On a parasite found in persons suffering from enlargement of the spleen in India - Number 15
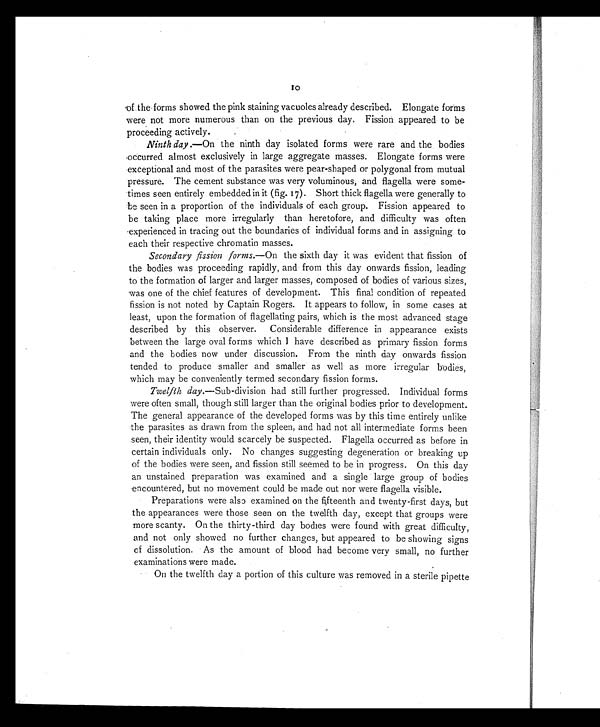
10
of the forms showed the pink staining vacuoles already described. Elongate forms
were not more numerous than on the previous day. Fission appeared to be
proceeding actively.
Ninth day .—On the ninth day isolated forms were rare and the bodies
occurred almost exclusively in large aggregate masses. Elongate forms were
exceptional and most of the parasites were pear-shaped or polygonal from mutual
pressure. The cement substance was very voluminous, and flagella were some-
times seen entirely embedded in it (fig. 17). Short thick flagella were generally to
be seen in a proportion of the individuals of each group. Fission appeared to
be taking place more irregularly than heretofore, and difficulty was often
experienced in tracing out the boundaries of individual forms and in assigning to
each their respective chromatin masses.
Secondary fission forms. —On the sixth day it was evident that fission of
the bodies was proceeding rapidly, and from this day onwards fission, leading
to the formation of larger and larger masses, composed of bodies of various sizes,
was one of the chief features of development. This final condition of repeated
fission is not noted by Captain Rogers. It appears to follow, in some cases at
least, upon the formation of flagellating pairs, which is the most advanced stage
described by this observer. Considerable difference in appearance exists
between the large oval forms which I have described as primary fission forms
and the bodies now under discussion. From the ninth day onwards fission
tended to produce smaller and smaller as well as more irregular bodies,
which may be conveniently termed secondary fission forms.
Twelfth day. —Sub-division had still further progressed. Individual forms
were often small, though still larger than the original bodies prior to development.
The general appearance of the developed forms was by this time entirely unlike
the parasites as drawn from the spleen, and had not all intermediate forms been
seen, their identity would scarcely be suspected. Flagella occurred as before in
certain individuals only. No changes suggesting degeneration or breaking up
of the bodies were seen, and fission still seemed to be in progress. On this day
an unstained preparation was examined and a single large group of bodies
encountered, but no movement could be made out nor were flagella visible.
Preparations were also examined on the fifteenth and twenty-first days, but
the appearances were those seen on the twelfth day, except that groups were
more scanty. On the thirty-third day bodies were found with great difficulty,
and not only showed no further changes, but appeared to be showing signs
of dissolution. As the amount of blood had become very small, no further
examinations were made.
On the twelfth day a portion of this culture was removed in a sterile pipette